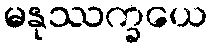
မနုဿက္ခယေ